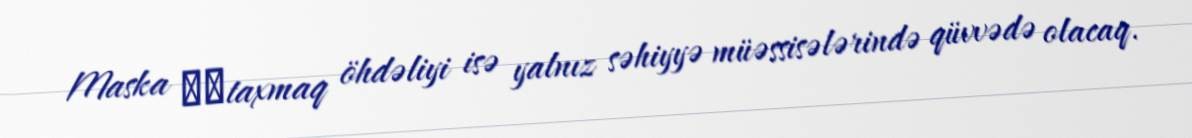
Maska ​​taxmaq öhdəliyi isə yalnız səhiyyə müəssisələrində qüvvədə olacaq.